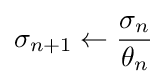
\sigma _{n+1}\leftarrow {\frac {\sigma _{n}}{\theta _{n}}}